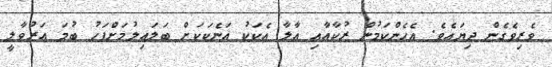
ވެރިވެގެން ދިޔައެވެ. އެހެންކަމުން ރުކާއާއި އާލާ އެކަކު އަނެކަކަށް ބަލައިލުމަށްފަހު ބުމަ އަރުވާލީ